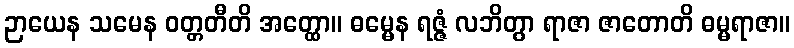
ဉာယေန သမေန ဝတ္တတီတိ အတ္ထော။ ဓမ္မေန ရဇ္ဇံ လဘိတွာ ရာဇာ ဇာတောတိ ဓမ္မရာဇာ။